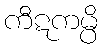
ကီဋကမ္ပိ